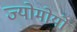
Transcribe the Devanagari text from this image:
ज्योमोयो